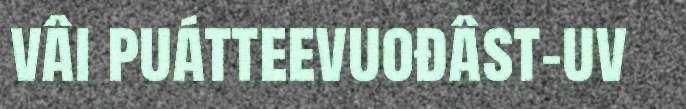
vâi puátteevuođâst-uv